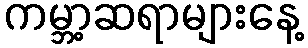
ကမ္ဘာ့ဆရာများနေ့